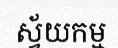
ស្វ័យកម្ម